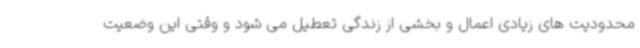
محدودیت های زیادی اعمال و بخشی از زندگی تعطیل می شود و وقتی این وضعیت